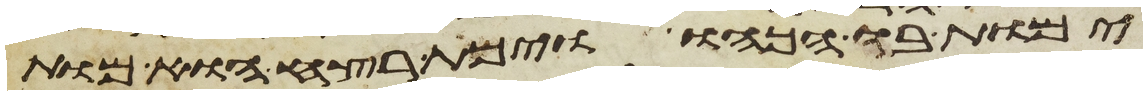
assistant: ימות בו הכהו וימת רצח הוא מות